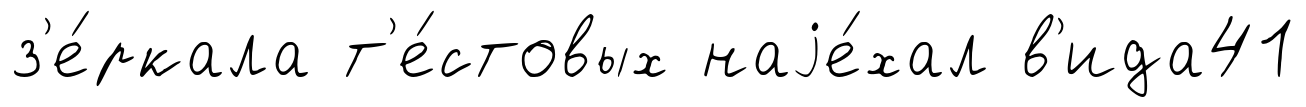
з'е́ркала т'е́стовых наjе́хал в'ида41